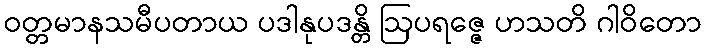
ဝတ္တမာနသမီပတာယ ပဒါနုပဒန္တိ ဩပရဇ္ဇေ ဟသတိ ဂါဝိတော